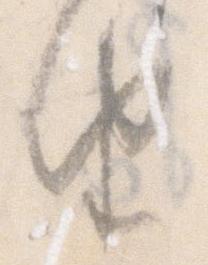
由